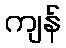
ကျန်